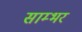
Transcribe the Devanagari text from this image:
साम्‍भर